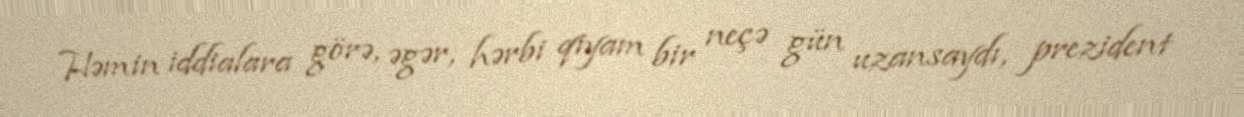
Həmin iddialara görə, əgər, hərbi qiyam bir neçə gün uzansaydı, prezident